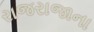
રાજરાજાના